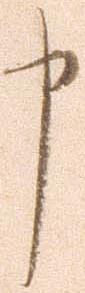
申